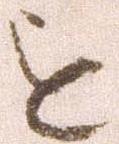
を